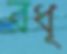
বধূ